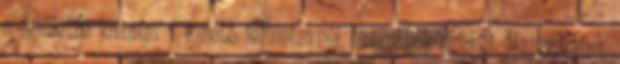
a felületre juttatni – kisebb felületeknél használják ezeket. Használatuk